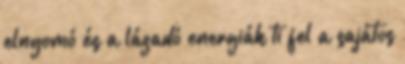
elnyomó és a lázadó energiák ti fel a sajátos